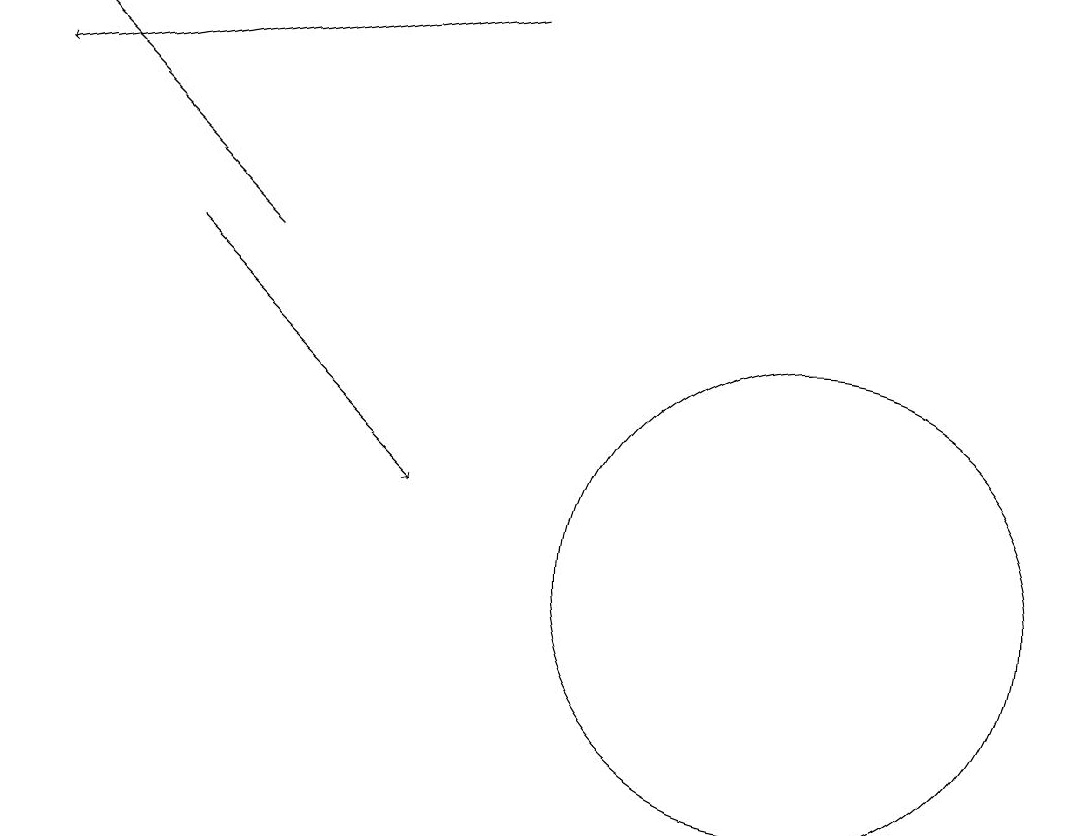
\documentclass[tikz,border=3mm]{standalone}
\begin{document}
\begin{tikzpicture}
\draw[->] (3,16) -- (0,19);
\draw[->] (2,16) -- (5,13);
\draw[->] (6,19) -- (0,18);
\draw (10,12) circle (3);
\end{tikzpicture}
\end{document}